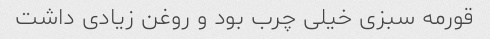
قورمه سبزی خیلی چرب بود و روغن زیادی داشت